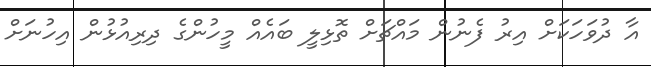
އާ ދުވަހަކަށް އިރު ފެނުން މައްޗަށް ތޮޅިލީ ބައެއް މީހުންގެ ދިރިއުޅުން އިހުނަށް